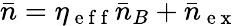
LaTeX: \bar{n}=\eta_{\mathrm{~e~f~f~}}\bar{n}_{B}+\bar{n}_{\mathrm{~e~x~}}